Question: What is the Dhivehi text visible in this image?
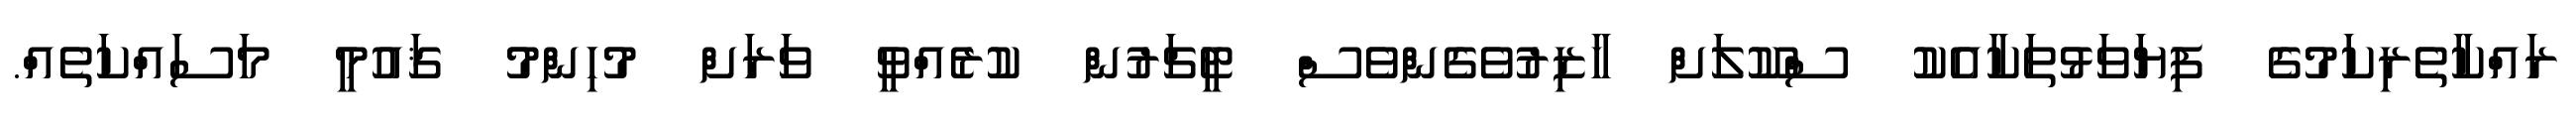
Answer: ރައްކާތެރިކަމުގެ ފިޔަވަޅުތަކާއެކު ސްކޫލަށް ހާޒިރުވެގެންވެސް ޓީޗަރުން ކުރެއްވީ ވަަރަށް މުހިންމު ޤައުމީ މަސައްކަތެއް.